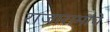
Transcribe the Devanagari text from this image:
राजारामांचे